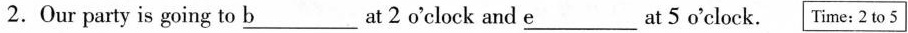
2.Our party is going to \underline{b} at 2o'clock and \underline{e} at 5o'clock. Time:2 to 5